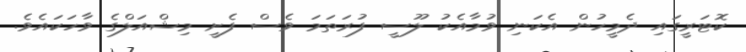
ކޮޓަރީގައި ދެމީހުން އެކަނި ވުމާއެކު ލޫސީ ފުރަތަމަ ވެސް ފެށީ މިޝްއަލްގެ ވާހަކައެވެ.